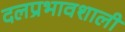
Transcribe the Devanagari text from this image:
दलप्रभावशाली